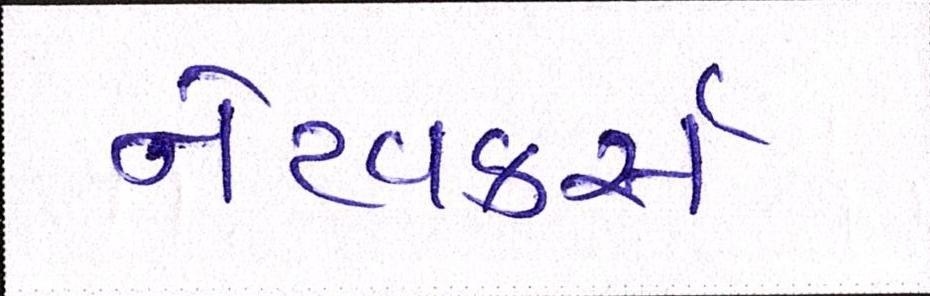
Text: નેટવર્ક્સ